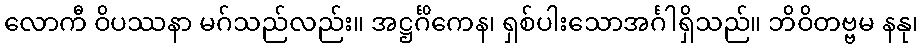
လောကီ ဝိပဿနာ မဂ်သည်လည်း။ အဋ္ဌင်္ဂိကေန၊ ရှစ်ပါးသောအင်္ဂါရှိသည်။ ဘိဝိတဗ္ဗမ နနု၊